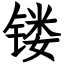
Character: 镂